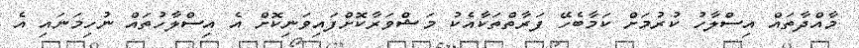
މާއްދާތައް އިސްލާހު ކުރުމަށް ކަމާބެހޭ ފަރާތްތަކާއެކު މަޝްވަރާކޮށްފައިވަނިކޮށް އެ އިސްލާހުތައް ނުހިމަނައި އެ